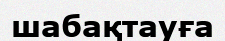
шабақтауға